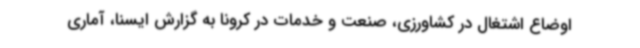
اوضاع اشتغال در کشاورزی، صنعت و خدمات در کرونا به گزارش ایسنا، آماری